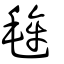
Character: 毪